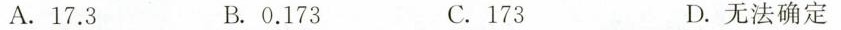
A.17.3 B.0.173 C.173 D.无法确定